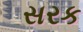
સરક